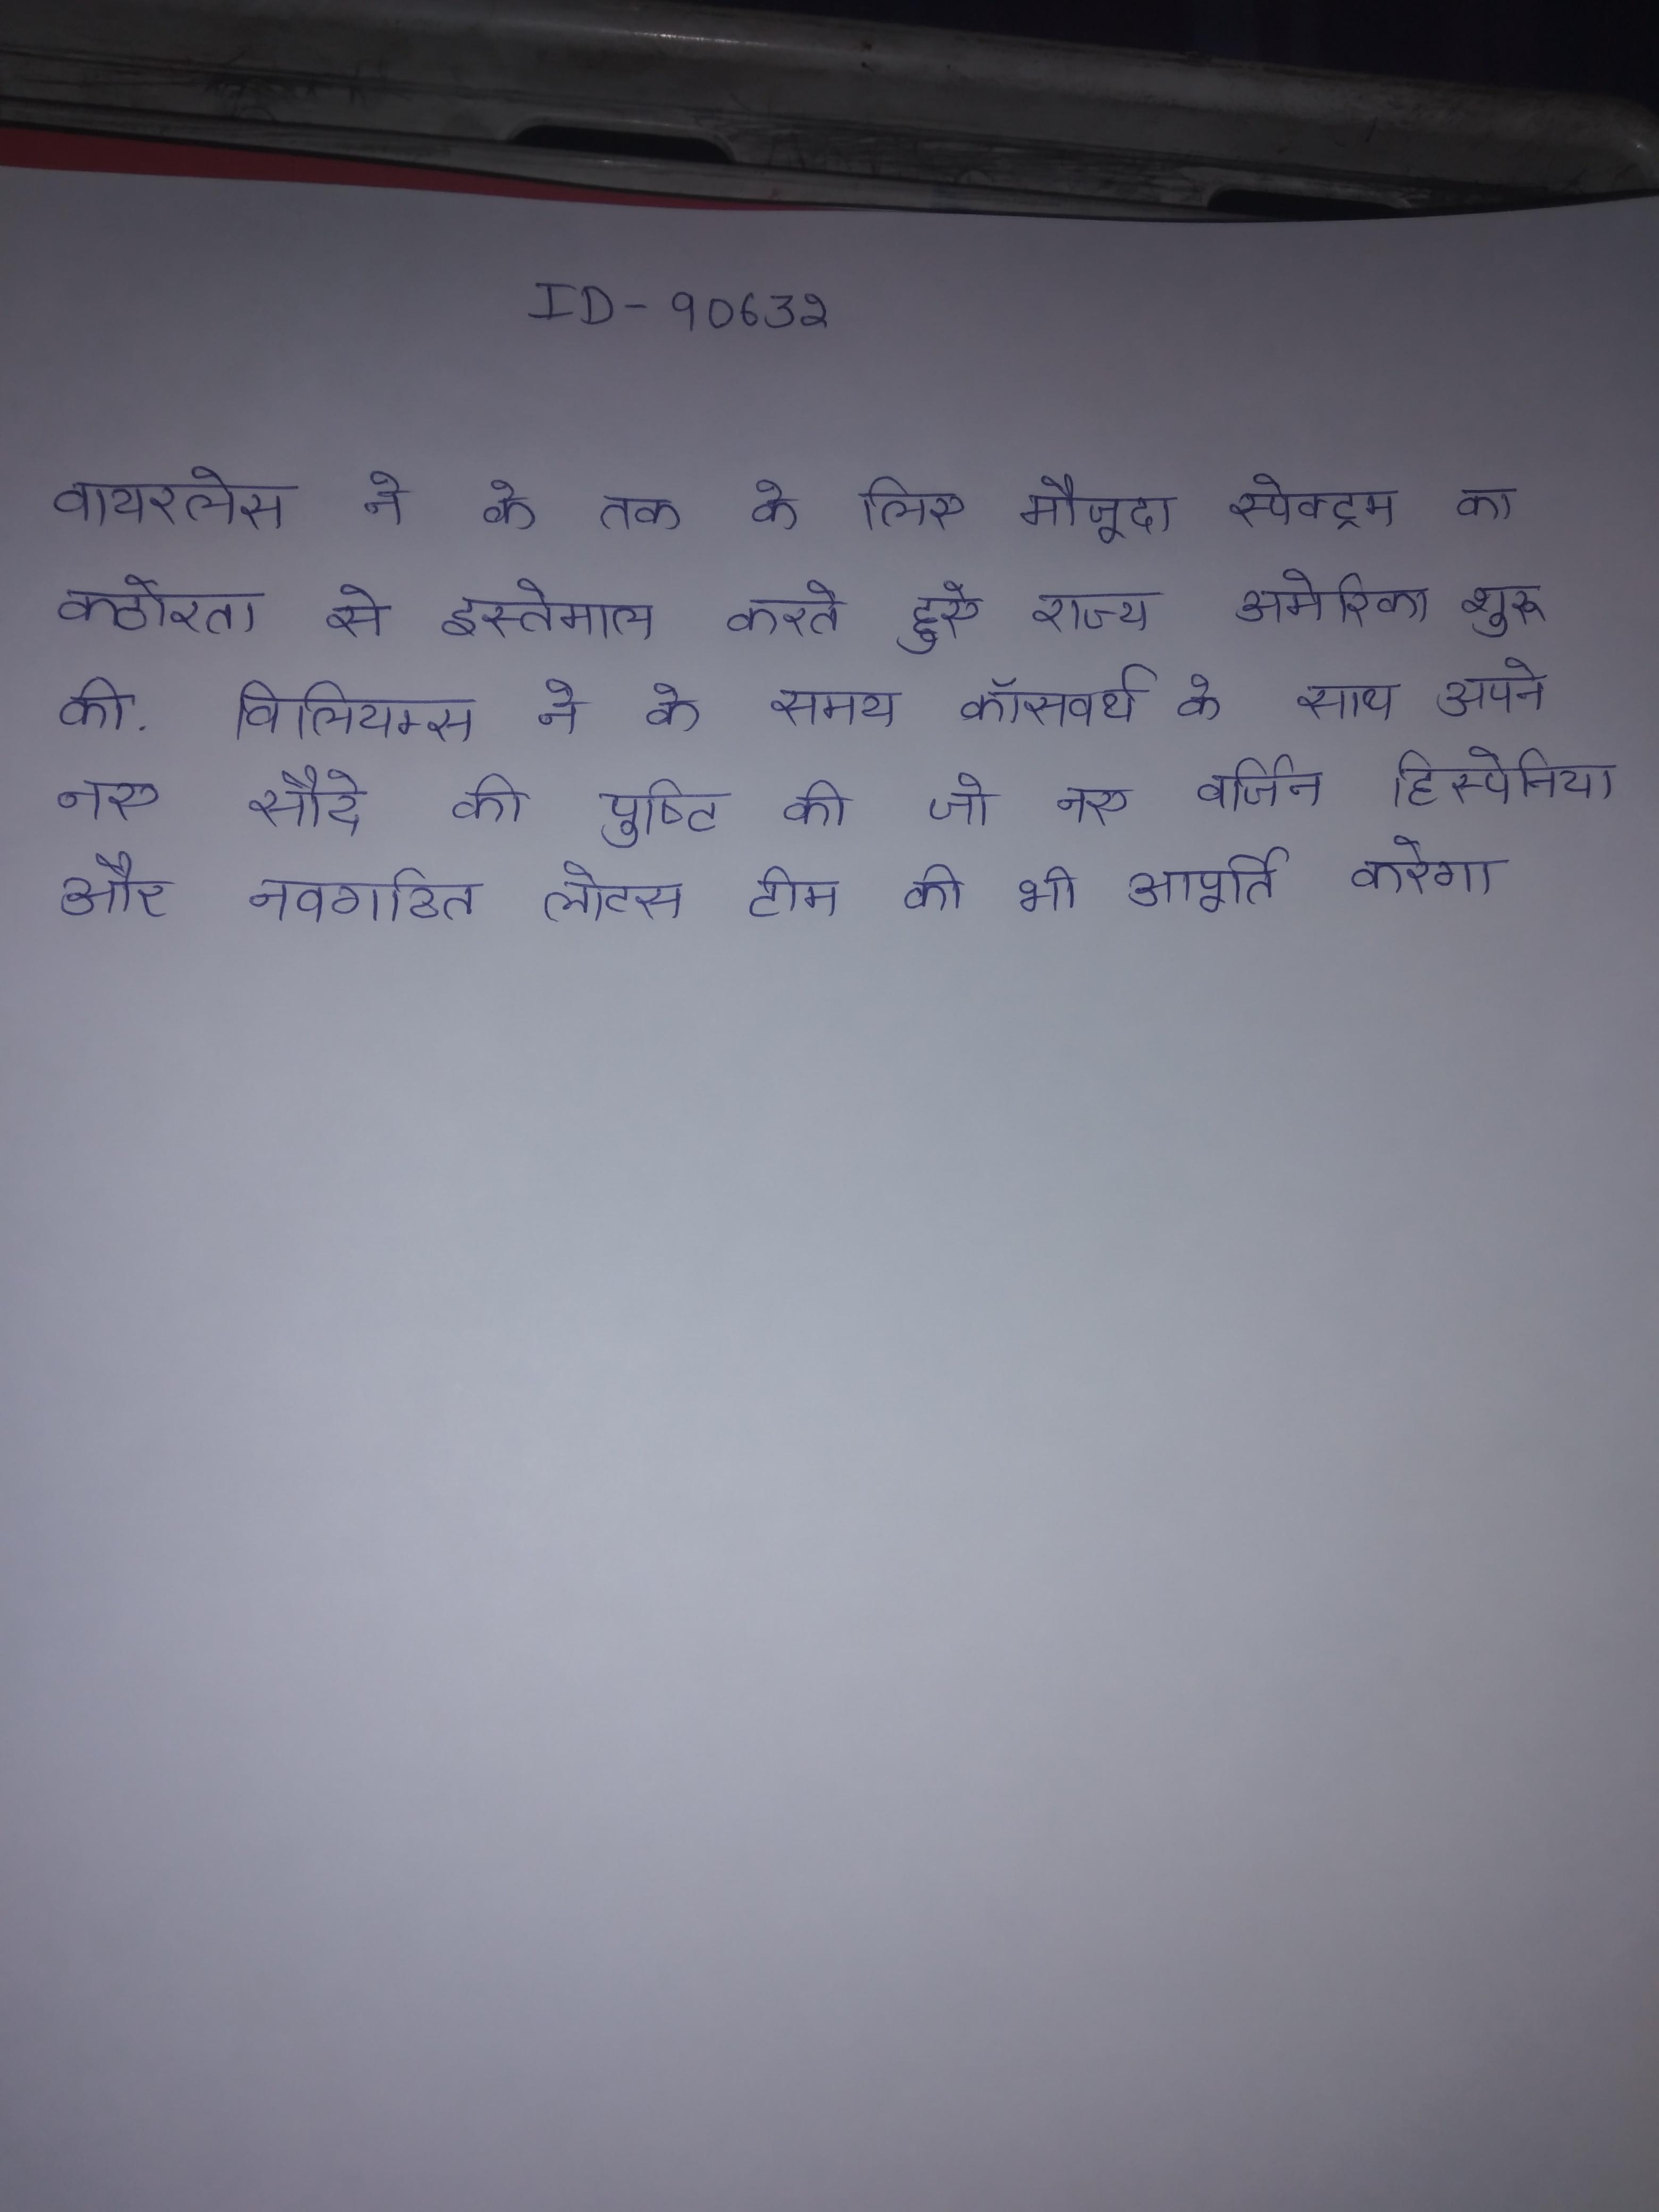
वायरलेस ने के तक के लिए मौजूदा स्पेक्ट्रम का कठोरता से इस्तेमाल करते हुऐ राज्य अमेरिका शुरू की . विलियम्स ने के समय कॉसवर्थ के साथ अपने नए सौदे की पुष्टि की जो नए वर्जिन हिस्पेनिया और नवगठित लोटस टीम की भी आपूर्ति करेगा .